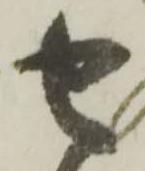
せ